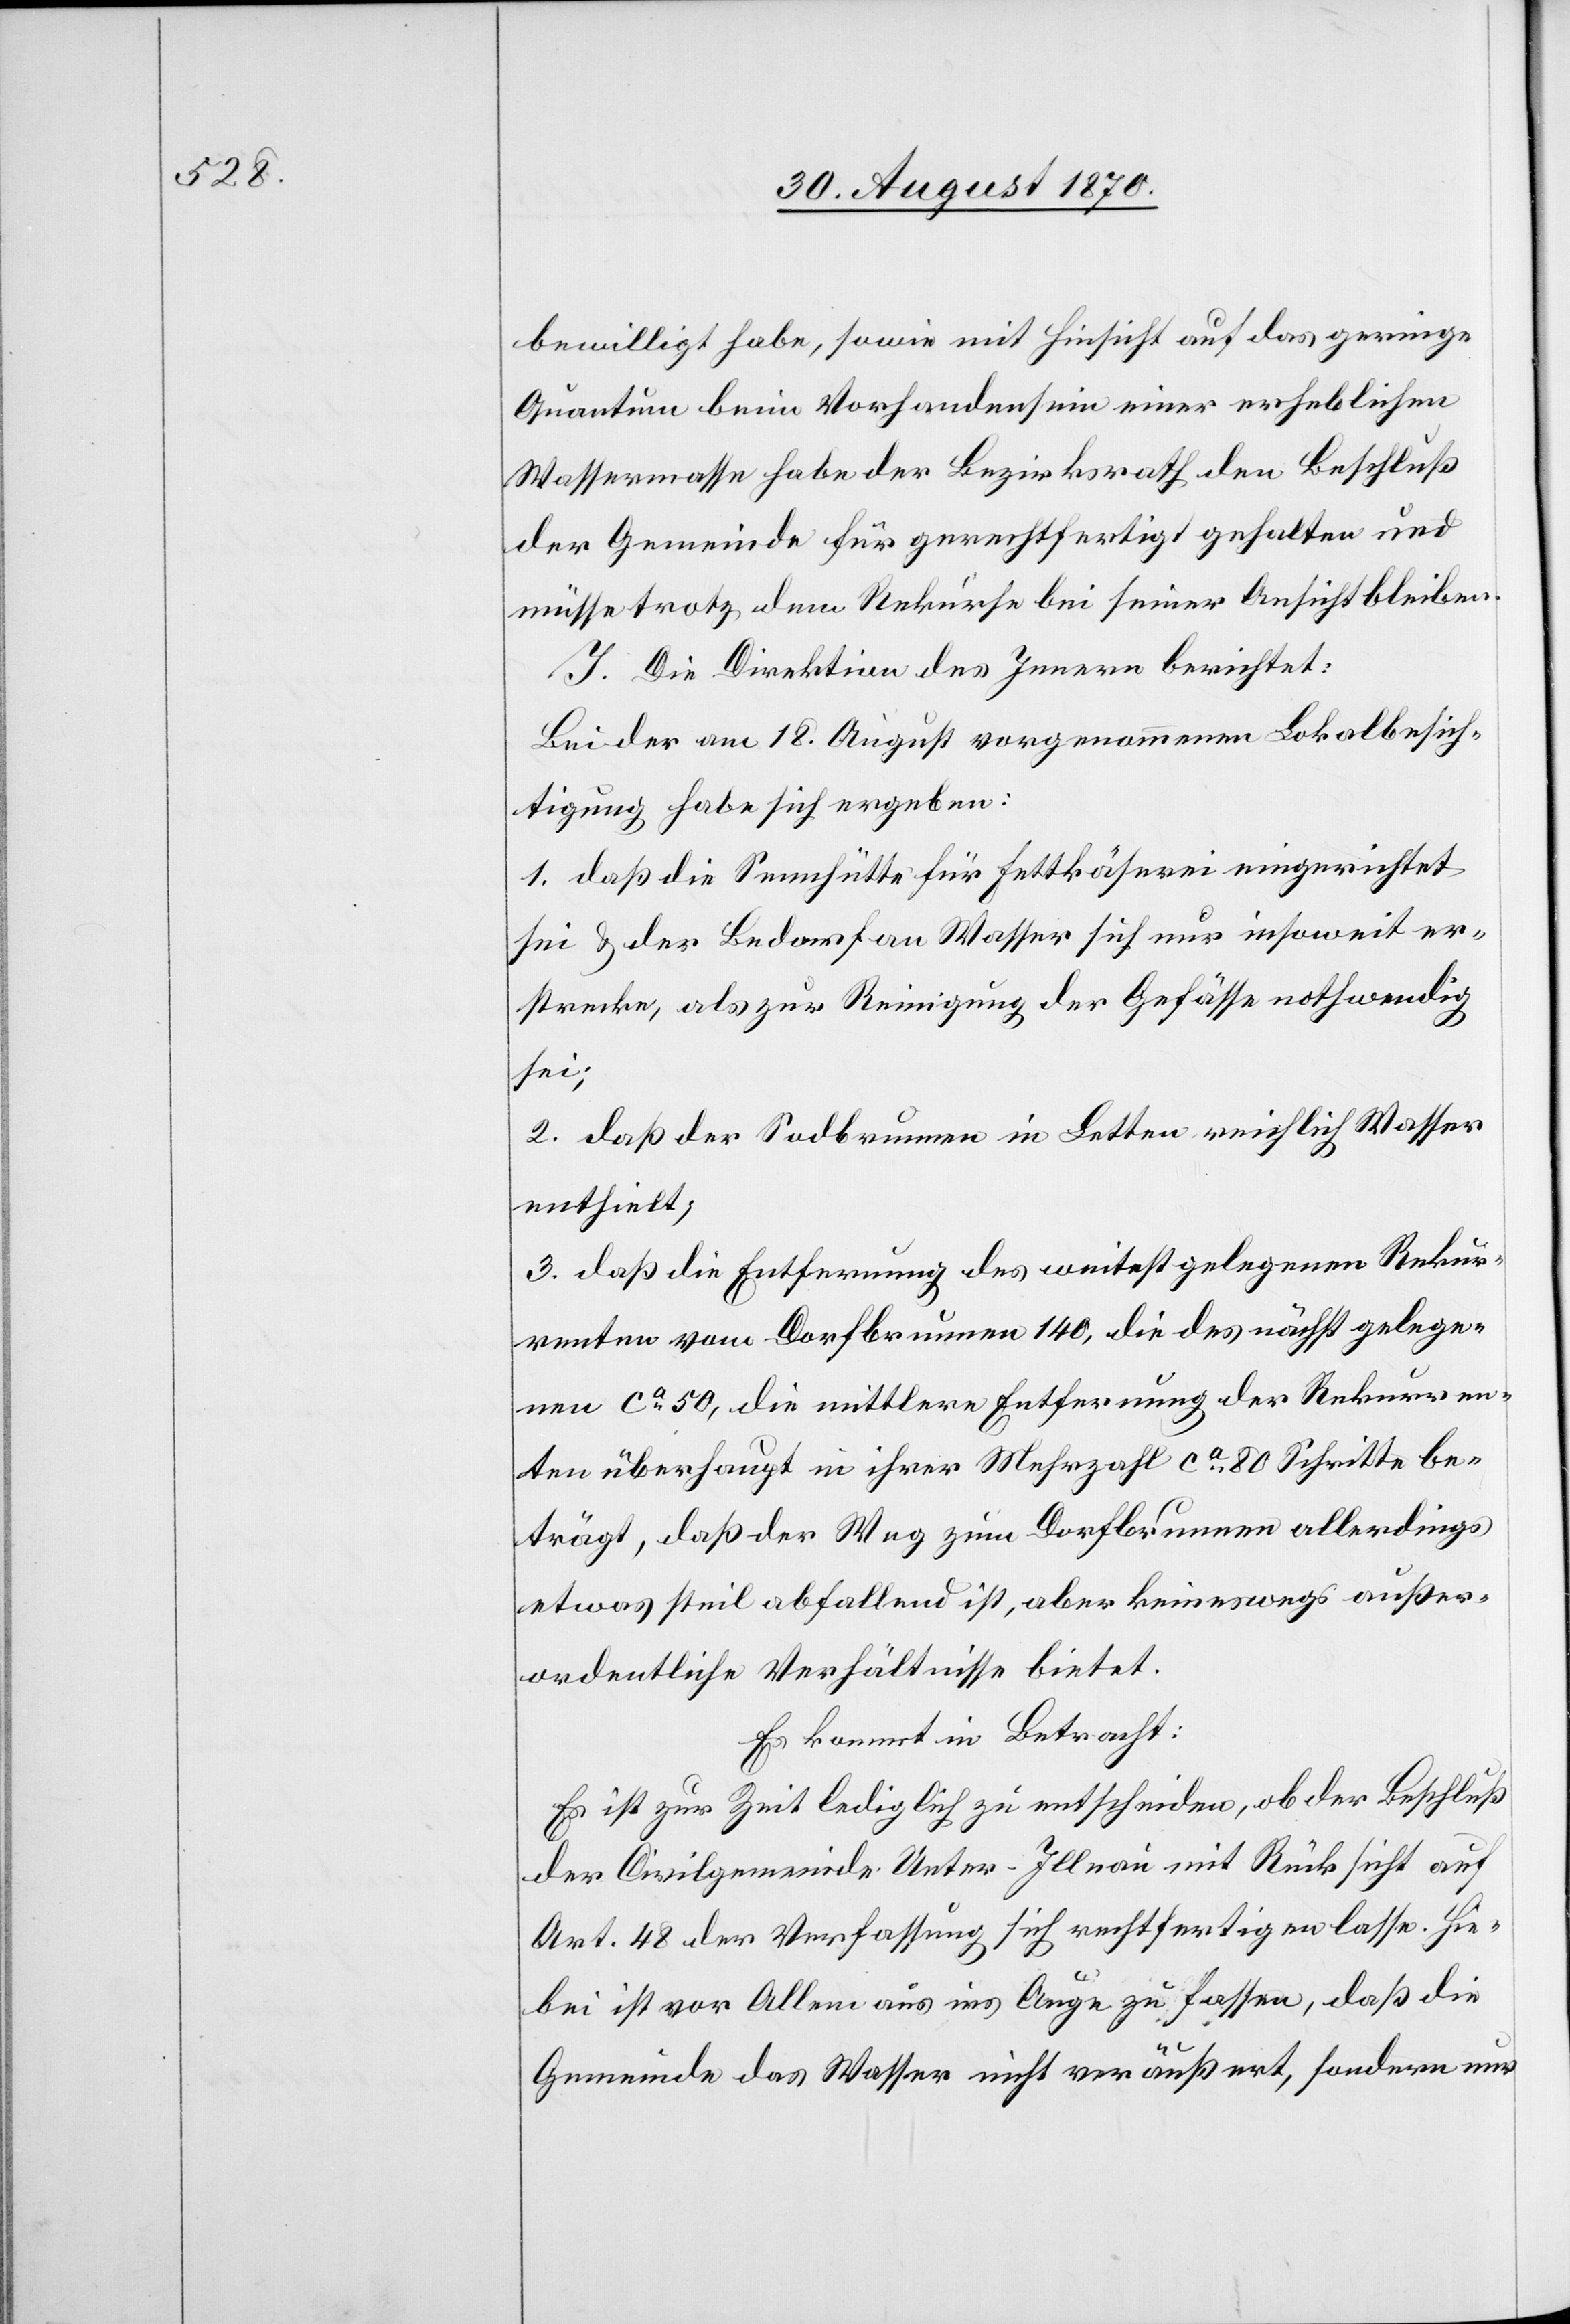
bewilligt habe, sowie mit Hinsicht auf das geringe
Quantum beim Vorhandensein einer erheblichen
Wassermasse habe der Bezirksrath den Beschluß
der Gemeinde für gerechtfertigt gehalten und
müsse trotz dem Rekurse bei seiner Ansicht bleiben.
J. Die Direktion des Innern berichtet:
Bei der am 18. August vorgenommenen Lokalbesich¬
tigung habe sich ergeben:
1. daß die Sennhütte für Fettkäserei eingerichtet
sei & der Bedarf an Wasser sich nur insoweit er¬
strecke, als zur Reinigung der Gefässe nothwendig
sei;
2. daß der Sodbrunnen in Letten reichlich Wasser
enthielt;
3. daß die Entfernung des weitest gelegenen Rekur¬
renten vom Dorfbrunnen 140, die des nächst gelege¬
nen ca 50, die mittlere Entfernung der Rekurren¬
ten überhaupt in ihrer Mehrzahl ca 80 Schritte be¬
trägt, daß der Weg zum Dorfbrunnen allerdings
etwas steil abfallend ist, aber keineswegs außer¬
ordentliche Verhältnisse bietet.
Es kommt in Betracht:
Es ist zur Zeit lediglich zu entscheiden, ob der Beschluß
der Civilgemeinde Unter-Illnau mit Rücksicht auf
Art. 48 der Verfassung sich rechtfertigen lasse. Hie¬
bei ist vor Allem aus ins Auge zu fassen, daß die
Gemeinde das Wasser nicht veräußert , sondern nur